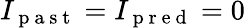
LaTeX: I_{\mathrm{~p~a~s~t~}}=I_{\mathrm{~p~r~e~d~}}=0